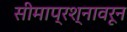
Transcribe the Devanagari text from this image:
सीमाप्रश्नावरून